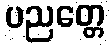
ပညတ္တေ